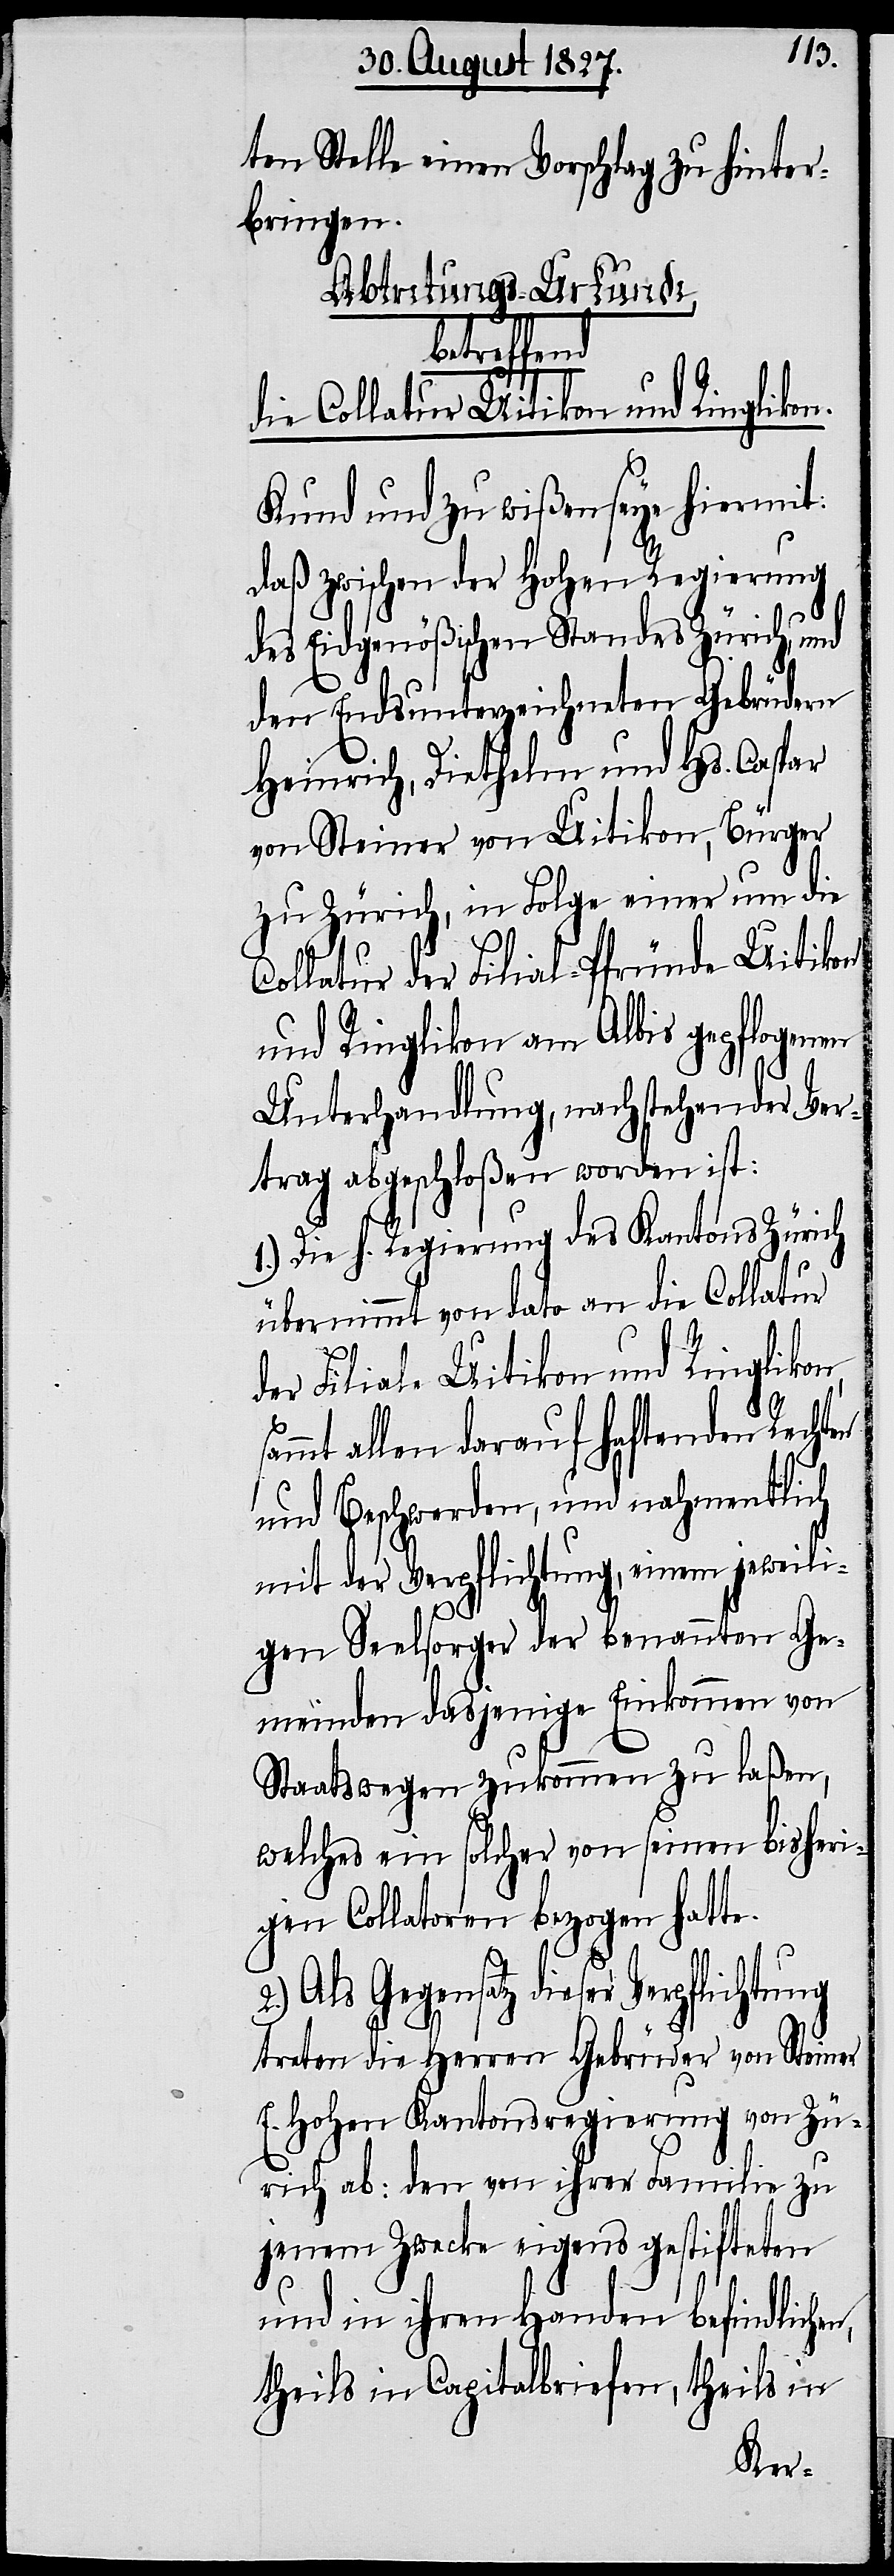
ten Stelle einen Vorschlag zu hinter¬
bringen.
Abtretungs-Urkunde,
betreffend
die Collatur Uitikon und Ringlikon.
Kund und zu wißen seye hiermit:
daß zwischen der Hohen Regierung
des Eidgenößischen Standes Zürich, und
den Endsunterzeichneten Gebrüdern
Heinrich, Diethelm und Hs. Caspar
von Steiner von Uitikon, Bürger
zu Zürich, in Folge einer um die
Collatur der Filial-Pfründe Uitikon
und Ringlikon am Albis gepflogenen
Unterhandlung, nachstehender Ver¬
trag abgeschloßen worden ist:
1.) Die h. Regierung des Kantons Zürich
s¬
übernimmt von dato an die Collatur
der Filiale Uitikon und Ringlikon,
ammt allen darauf haftenden Rechten
und Beschwerden, und nahmentlich
mit der Verpflichtung, einen jeweili¬
gen Seelsorger der benannten Ge¬
meinden dasjenige Einkommen von
Staatswegen zukommen zu laßen,
welches ein solcher von seinen bisheri¬
gen Collatoren bezogen hatte.
2.) Als Gegensatz dieser Verpflichtung
treten die Herren Gebrüder von Steiner
E. Hohen Kantonsregierung von Zü¬
rich ab: den von ihrer Familie zu
jenem Zwecke eigens gestifteten
und in ihren Handen befindlichen,
theils in Capitalbriefen, theils in